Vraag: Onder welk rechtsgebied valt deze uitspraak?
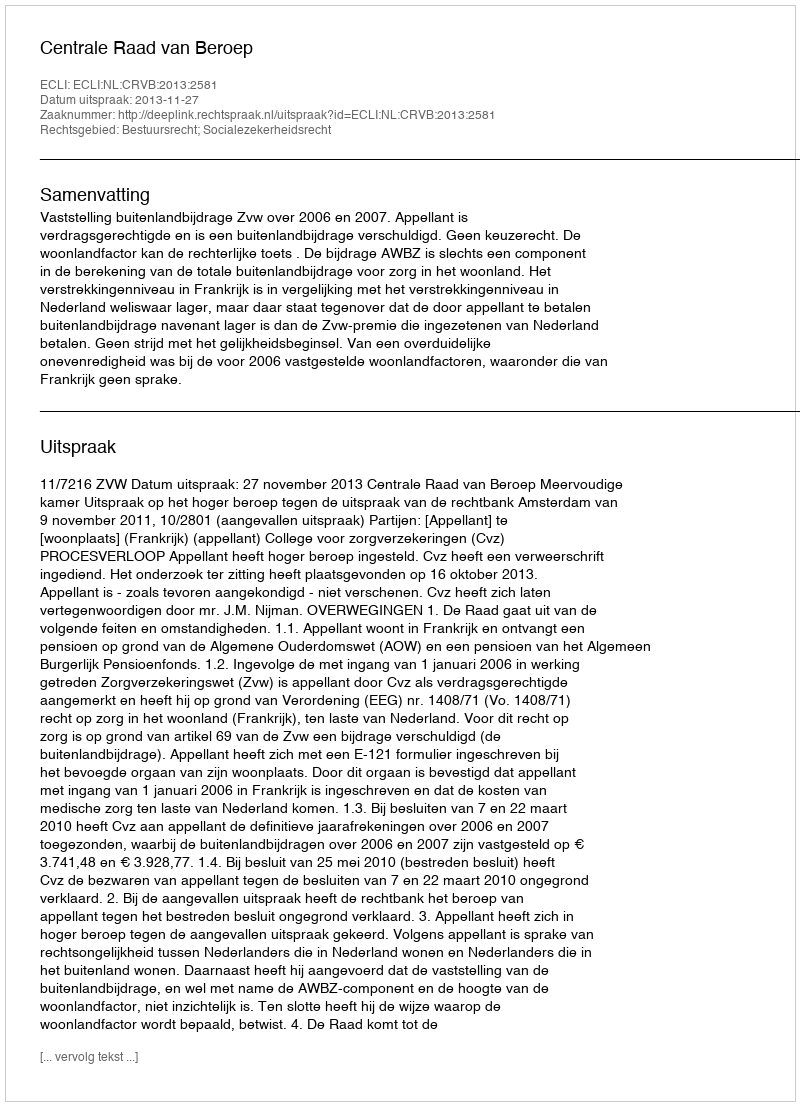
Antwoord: Bestuursrecht; Socialezekerheidsrecht